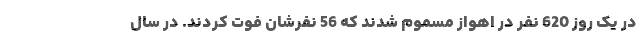
در یک روز 620 نفر در اهواز مسموم شدند که 56 نفرشان فوت کردند. در سال